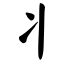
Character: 丬